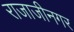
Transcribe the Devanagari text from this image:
राजाजीनगर